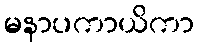
မနာပကာယိကာ